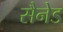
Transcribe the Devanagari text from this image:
सैनेड